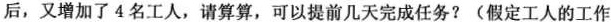
后，又增加了4名工人，请算算，可以提前几天完成任务?(假定工人的工作